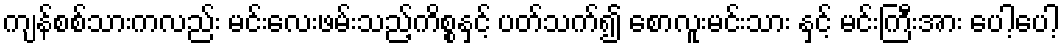
ကျန်စစ်သားကလည်း မင်းလေးဖမ်းသည့်ကိစ္စနှင့် ပတ်သက်၍ စောလူးမင်းသား နှင့် မင်းကြီးအား ပေါ့ပေါ့